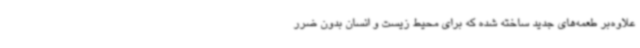
علاوه‌بر طعمه‌های جدید ساخته شده که برای محیط زیست و انسان بدون ضرر